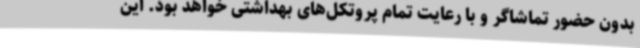
بدون حضور تماشاگر و با رعایت تمام پروتکل‌های بهداشتی خواهد بود. این